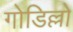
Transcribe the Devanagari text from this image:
गोडिल्लो